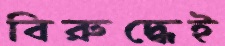
বিরুদ্ধেই